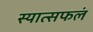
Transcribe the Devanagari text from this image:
स्यात्सफलं